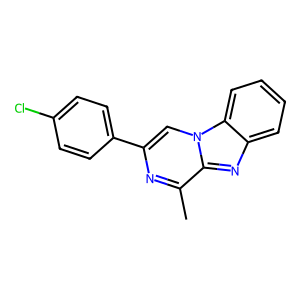
SMILES: Cc1nc(-c2ccc(Cl)cc2)cn2c1nc1ccccc12
Inhibits HIV replication: Yes